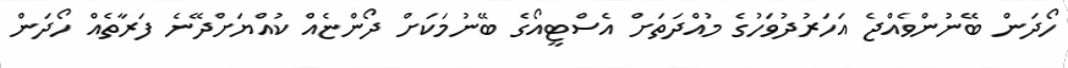
ހޯދަން ބޭނުންވެއްޖެ އަހަރުދުވަހުގެ މުއްދަތަށް އެސްޓީއޯގެ ބޭނުމަކަށް ދޯންޏެއް ކުއްޔަށްދޭނެ ފަރާތެއް ހޯދަން